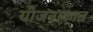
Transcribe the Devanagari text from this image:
योजनाकाल